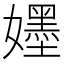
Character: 𡣫